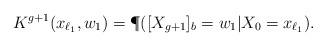
LaTeX: \begin{align*} K^{g+1}(x_{\ell_1},w_1)=\P([X_{g+1}]_b=w_1|X_0=x_{\ell_1}). \end{align*}